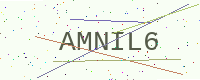
Text: AMNIL6